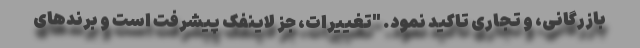
بازرگانی، و تجاری تاکید نمود. "تغییرات، جز لاینفک پیشرفت است و برندهای